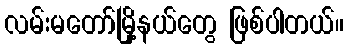
လမ်းမတော်မြို့နယ်တွေ ဖြစ်ပါတယ်။